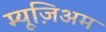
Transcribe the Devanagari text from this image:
म्यूज़िअम